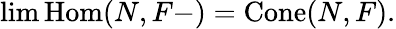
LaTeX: \operatorname*{lim}\operatorname{Hom}(N,F-)=\operatorname{Cone}(N,F).